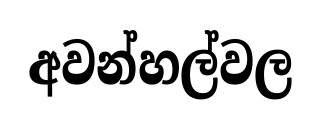
අවන්හල්වල